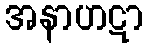
အနာဟဋာ